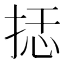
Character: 𰓭